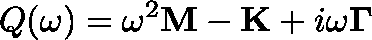
Q ( \omega ) = \omega ^ { 2 } \mathbf { M } - \mathbf { K } + i \omega \mathbf { \Gamma }